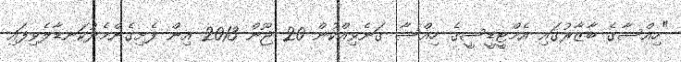
"ހިއްސާގެ ބާޒާރުގައި އެމްޓީޑީސީގެ ހިއްސާ ގަނެވިއްކުން 20 ޖޫން 2013 އިން ފެށިގެންމެދުކަނޑާލެވިފައި